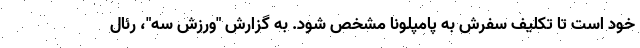
خود است تا تکلیف سفرش به پامپلونا مشخص شود. به گزارش "ورزش سه"، رئال